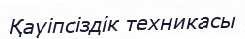
Қауіпсіздік техникасы